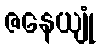
ဇနေယျုံ